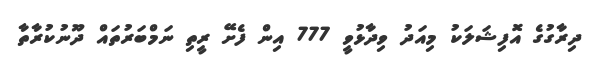
ދިރާގުގެ އޮފިޝަލަކު މިއަދު ވިދާޅުވީ 777 އިން ފެށޭ ރީތި ނަމްބަރުތައް ދޫނުކުރާތާ